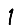
Digit: 1